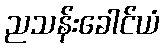
ညသန်းခေါင်ယံ